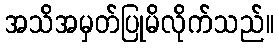
အသိအမှတ်ပြုမိလိုက်သည်။